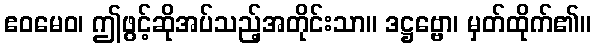
ဧဝမေဝ၊ ဤဖွင့်ဆိုအပ်သည့်အတိုင်းသာ။ ဒဋ္ဌဗ္ဗော၊ မှတ်ထိုက်၏။